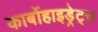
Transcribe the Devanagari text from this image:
कार्बोहाइड्रेट्‌स